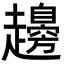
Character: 䟍